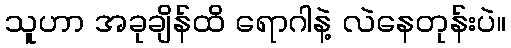
သူဟာ အခုချိန်ထိ ရောဂါနဲ့ လဲနေတုန်းပဲ။